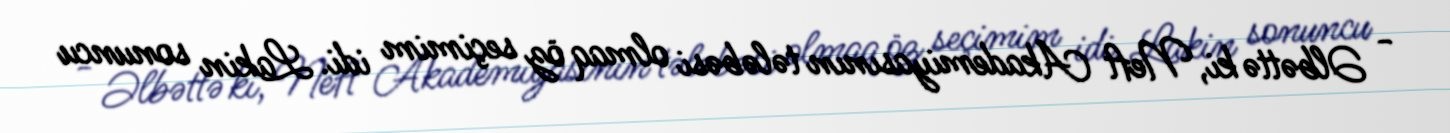
- Əlbəttə ki, Neft Akademiyasının tələbəsi olmaq öz seçimim idi. Lakin sonuncu